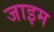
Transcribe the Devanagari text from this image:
जाइम